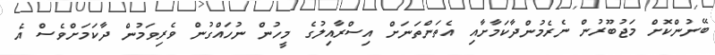
ބޭނުންކޮށް މަޖުބޫރުން ނެރެމުންދާކަމާށާއި އެތަންތަނަށް އިސްރާއިލުގެ މީހުން ނުހައްގުން ވެރިވަމުން ދާކަމަށްވެސް އެ